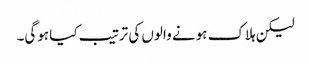
لیکن ہلاک ہونے والوں کی ترتیب کیا ہوگی۔